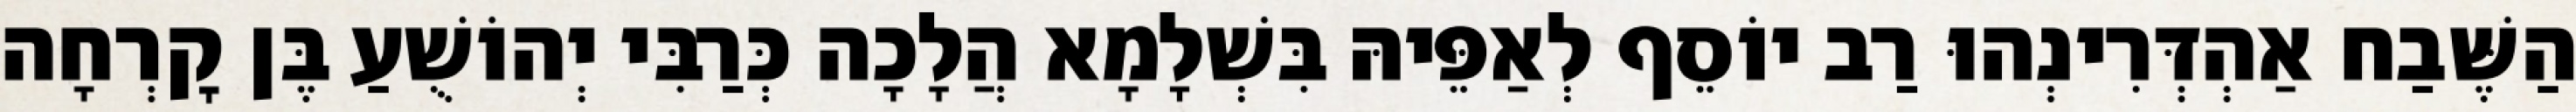
הַשֶּׁבַח אַהְדְּרִינְהוּ רַב יוֹסֵף לְאַפֵּיהּ בִּשְׁלָמָא הֲלָכָה כְּרַבִּי יְהוֹשֻׁעַ בֶּן קׇרְחָה